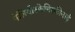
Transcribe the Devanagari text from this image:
पेलियोस्फेनिस्कीनाई